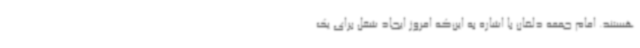
هستند. امام جمعه دلفان با اشاره به این‌که امروز ایجاد شغل برای یک